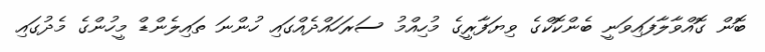
ބޮން ގޮއްވާލާފައިވަނީ ބެންކޮކްގެ ވިޔަފާރީގެ މުހިއްމު ސަރަހައްދެއްގައި ހުންނަ ތައިލެންޑް މީހުންގެ މެދުގައި